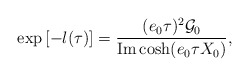
\begin{align*}\exp \left[ -l(\tau )\right] =\frac{(e_0\tau)^2\mathcal{G}_0}{\mbox{Im} \cosh (e_0\tau X_0)},\end{align*}